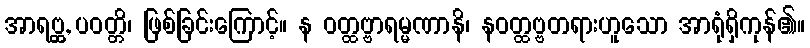
အာရဗ္ဘ္ထ, ပဝတ္တိ၊ ဖြစ်ခြင်းကြောင့်။ န ဝတ္ထဗ္ဗာရမ္မဏာနိ၊ နဝတ္ထဗ္ဗတရားဟူသော အာရုံရှိကုန်၏။